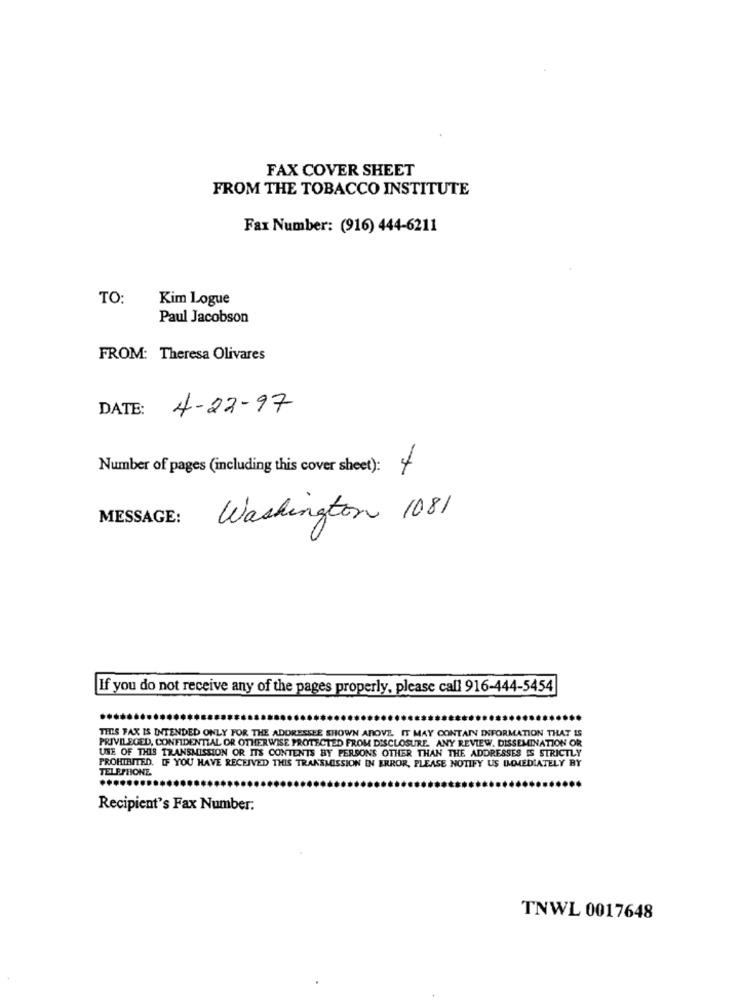
FAX COVER SHEET
FROM THE TOBACCO INSTITUTE
Fax Number: (916) 444-6211
TO:
Kim Logue
Paul Jacobson
FROM: Theresa Olivares
DATE:
4-22-97
Number of pages (including this cover sheet): +
MESSAGE:
Washington 1081
If you do not receive any of the pages properly, please call 916-444-5454
...
THIS FAX IS INTENDED ONLY FOR THE ADDRESSEE SHOWN ABOVE. IT MAY CONTAIN INFORMATION THAT IS
PRIVILEGED, CONFIDENTIAL OR OTHERWISE PROTECTED FROM DISCLOSURE. ANY REVIEW, DISSEMINATION OR
USE OF THIS TRANSMISSION OR ITS CONTENTS BY PERSONS OTHER THAN THE ADDRESSES IS STRICTLY
TELEPHONE.
PROHIBITED. IF YOU HAVE RECEIVED THIS TRANSMISSION IN ERROR, PLEASE NOTIFY US DOMMEDIATELY BY
....
Recipient's Fax Number:
TNWL 0017648